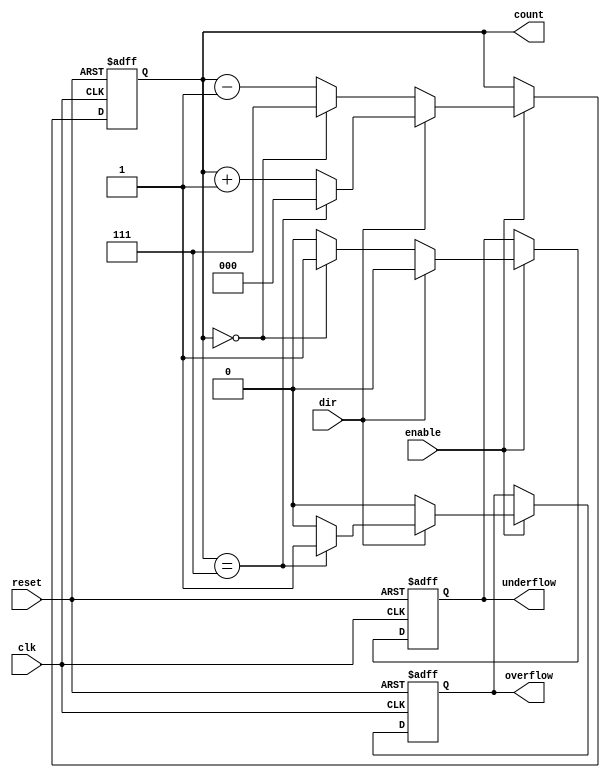
module SynchronousCounter (
    input wire clk,          // Clock input
    input wire reset,        // Asynchronous reset
    input wire enable,       // Enable signal
    input wire dir,          // Direction control (1 for up, 0 for down)
    output reg [2:0] count,  // 3-bit counter output
    output reg overflow,      // Overflow indicator
    output reg underflow      // Underflow indicator
);

    // Maximum count value for a 3-bit counter
    localparam MAX_COUNT = 3'b111; // 7
    localparam MIN_COUNT = 3'b000; // 0

    always @(posedge clk or posedge reset) begin
        if (reset) begin
            count <= MIN_COUNT; // Reset count to 0
            overflow <= 1'b0;    // Clear overflow indicator
            underflow <= 1'b0;    // Clear underflow indicator
        end else if (enable) begin
            if (dir) begin
                // Up counting
                if (count == MAX_COUNT) begin
                    count <= MIN_COUNT; // Wrap around on overflow
                    overflow <= 1'b1;    // Set overflow indicator
                end else begin
                    count <= count + 1; // Increment count
                    overflow <= 1'b0;    // Clear overflow indicator
                end
                underflow <= 1'b0; // Clear underflow indicator
            end else begin
                // Down counting
                if (count == MIN_COUNT) begin
                    count <= MAX_COUNT; // Wrap around on underflow
                    underflow <= 1'b1;   // Set underflow indicator
                end else begin
                    count <= count - 1; // Decrement count
                    underflow <= 1'b0;   // Clear underflow indicator
                end
                overflow <= 1'b0; // Clear overflow indicator
            end
        end
    end

endmodule